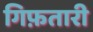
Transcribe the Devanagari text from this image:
गिफ़तारी